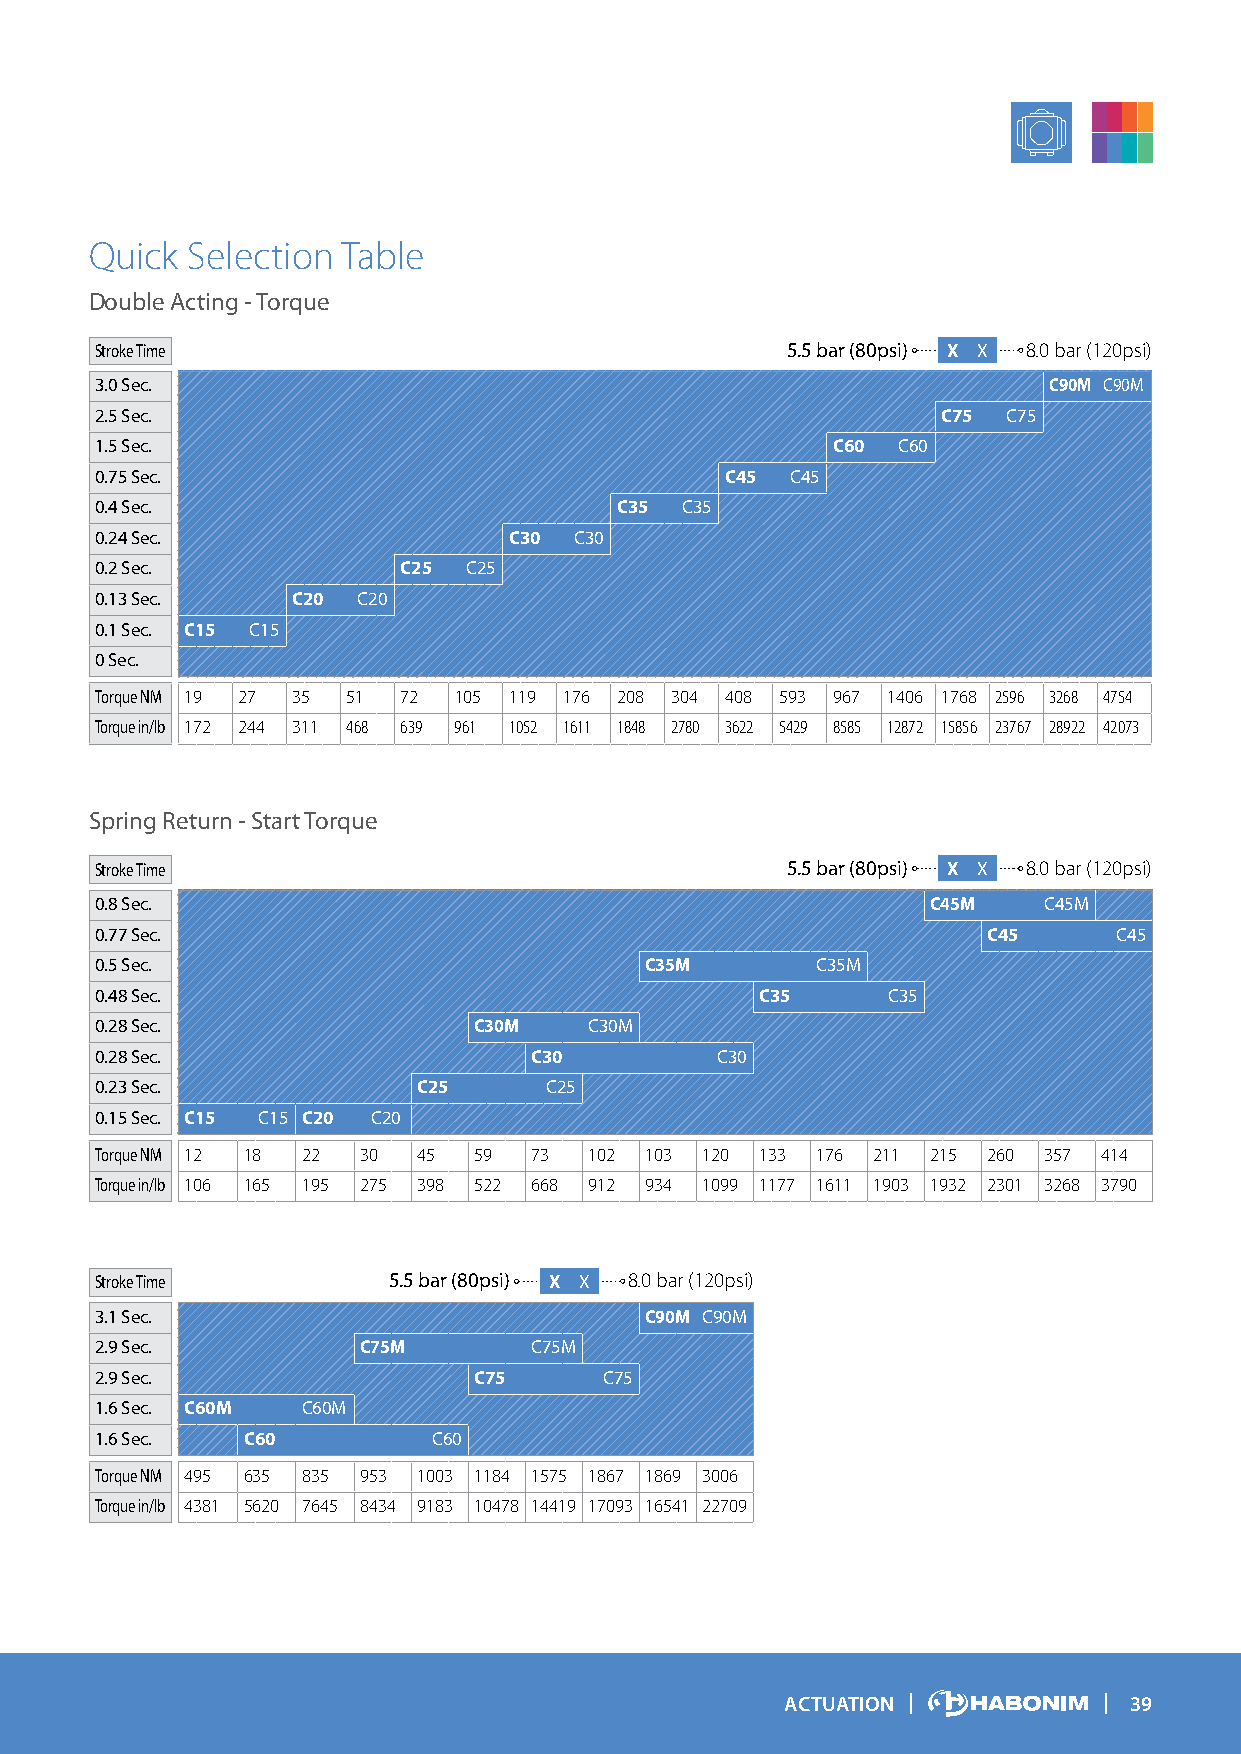
Quick Selection  Table
 Double Acting - Torque
 Stroke Time                                   5.5 bar (80psi) X X 8.0 bar (120psi)
 3.0 Sec.                                                       C90M C90M
 2.5 Sec.                                                C75  C75
 1.5 Sec.                                         C60 C60
 0.75 Sec.                                 C45 C45
 0.4 Sec.                           C35 C35
 0.24 Sec.                   C30 C30
 0.2 Sec.            C25  C25
 0.13 Sec.    C20  C20
 0.1 Sec. C15 C15
 0 Sec.
 Torque NM 19 27 35 51 72 105 119 176 208 304 408 593 967 1406 1768 2596 3268 4754
 Torque in/lb 172 244 311 468 639 961 1052 1611 1848 2780 3622 5429 8585 12872 15856 23767 28922 42073
 Spring Return - Start Torque
 Stroke Time                                   5.5 bar (80psi) X X 8.0 bar (120psi)
 0.8 Sec.                                                C45M   C45M
 0.77 Sec.                                                  C45      C45
 0.5 Sec.                             C35M       C35M
 0.48 Sec.                                   C35      C35
 0.28 Sec.                C30M    C30M
 0.28 Sec.                    C30         C30
 0.23 Sec.             C25     C25
 0.15 Sec. C15 C15 C20 C20
 Torque NM 12 18 22 30 45 59  73  102 103 120 133 176 211 215 260 357 414
 Torque in/lb 106 165 195 275 398 522 668 912 934 1099 1177 1611 1903 1932 2301 3268 3790
 Stroke Time         5.5 bar (80psi) X X 8.0 bar (120psi)
 3.1 Sec.                             C90M C90M
 2.9 Sec.          C75M       C75M
 2.9 Sec.                 C75      C75
 1.6 Sec. C60M C60M
 1.6 Sec.  C60          C60
 Torque NM 495 635 835 953 1003 1184 1575 1867 1869 3006
 Torque in/lb 4381 5620 7645 8434 9183 10478 14419 17093 16541 22709
 ACTUATION              39